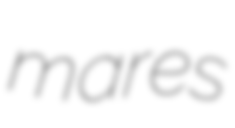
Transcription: mares